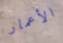
الأعمار